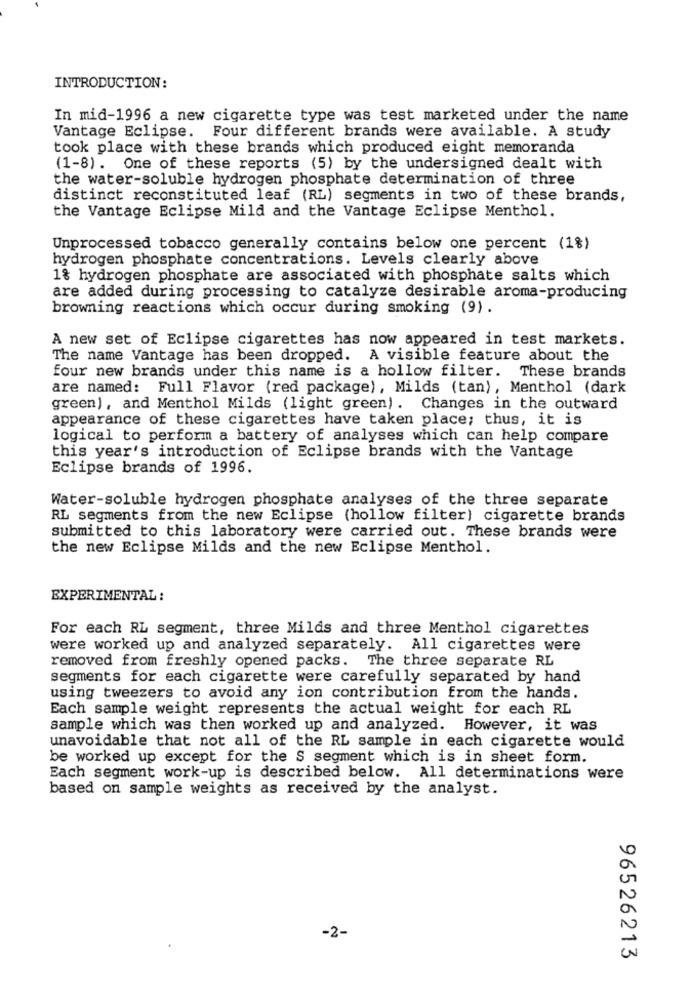
INTRODUCTION:
In mid-1996 a new cigarette type was test marketed under the name
Vantage Eclipse. Four different brands were available. A study
took place with these brands which produced eight memoranda
(1-8). One of these reports (5) by the undersigned dealt with
the water-soluble hydrogen phosphate determination of three
distinct reconstituted leaf (RL) segments in two of these brands,
the Vantage Eclipse Mild and the Vantage Eclipse Menthol.
Unprocessed tobacco generally contains below one percent (1%)
hydrogen phosphate concentrations. Levels clearly above
1% hydrogen phosphate are associated with phosphate salts which
are added during processing to catalyze desirable aroma-producing
browning reactions which occur during smoking (9).
A new set of Eclipse cigarettes has now appeared in test markets.
The name Vantage has been dropped. A visible feature about the
four new brands under this name is a hollow filter. These brands
are named: Full Flavor (red package), Milds (tan), Menthol (dark
green), and Menthol Milds (light green). Changes in the outward
appearance of these cigarettes have taken place; thus, it is
logical to perform a battery of analyses which can help compare
this year's introduction of Eclipse brands with the Vantage
Eclipse brands of 1996.
Water-soluble hydrogen phosphate analyses of the three separate
RL segments from the new Eclipse (hollow filter) cigarette brands
submitted to this laboratory were carried out. These brands were
the new Eclipse Milds and the new Eclipse Menthol.
EXPERIMENTAL :
For each RL segment, three Milds and three Menthol cigarettes
were worked up and analyzed separately. All cigarettes were
removed from freshly opened packs. The three separate RL
segments for each cigarette were carefully separated by hand
using tweezers to avoid any ion contribution from the hands.
Each sample weight represents the actual weight for each RL
sample which was then worked up and analyzed. However, it was
unavoidable that not all of the RL sample in each cigarette would
be worked up except for the S segment which is in sheet form.
Each segment work-up is described below. All determinations were
based on sample weights as received by the analyst.
-2-
96526213